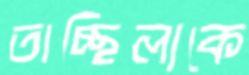
তাচ্ছিল্যকে